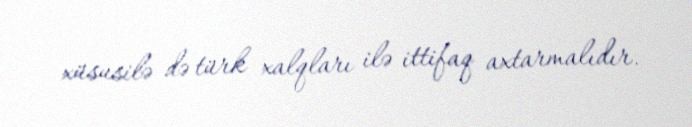
xüsusilə də türk xalqları ilə ittifaq axtarmalıdır.